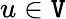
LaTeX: u\in\mathtt{V}